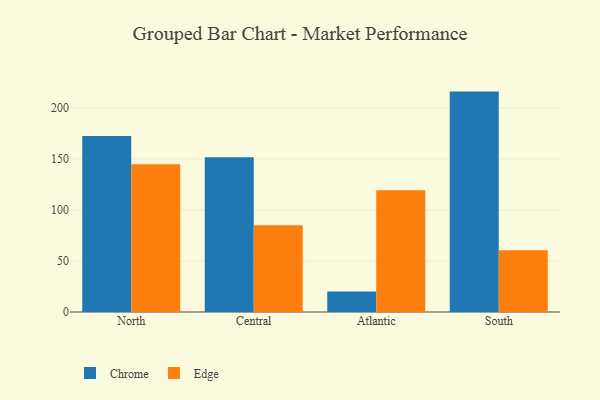
{"axis": {"x": "Region", "y": "Operating Costs (USD K)"}, "legend": ["Chrome", "Edge"], "data": [{"x": "North", "y": 172.6, "type": "Chrome"}, {"x": "North", "y": 144.9, "type": "Edge"}, {"x": "Central", "y": 151.6, "type": "Chrome"}, {"x": "Central", "y": 84.9, "type": "Edge"}, {"x": "Atlantic", "y": 20.1, "type": "Chrome"}, {"x": "Atlantic", "y": 119.2, "type": "Edge"}, {"x": "South", "y": 216.0, "type": "Chrome"}, {"x": "South", "y": 60.5, "type": "Edge"}]}